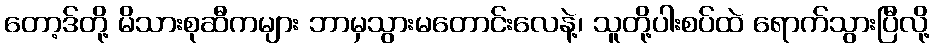
တော့ဒ်တို့ မိသားစုဆီကများ ဘာမှသွားမတောင်းလေနဲ့၊ သူတို့ပါးစပ်ထဲ ရောက်သွားပြီလို့